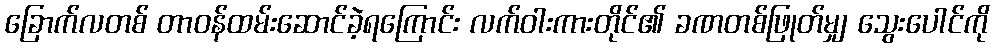
ခြောက်လတစ် တာဝန်ထမ်းဆောင်ခဲ့ရကြောင်း လက်ဝါးကားတိုင်၏ ခဏတစ်ဖြုတ်မျှ သွေးပေါင်ကို